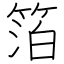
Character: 箔